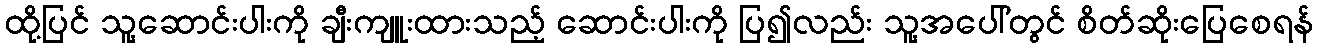
ထို့ပြင် သူ့ဆောင်းပါးကို ချီးကျူးထားသည့် ဆောင်းပါးကို ပြ၍လည်း သူ့အပေါ်တွင် စိတ်ဆိုးပြေစေရန်